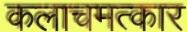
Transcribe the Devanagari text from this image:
कलाचमत्कार